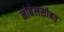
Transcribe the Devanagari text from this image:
नोबेलसोबत